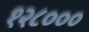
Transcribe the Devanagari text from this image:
१२८०००